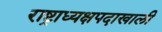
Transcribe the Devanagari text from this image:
राष्ट्राध्यक्षपदाखाली